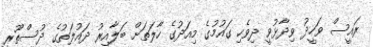
ރައީސް ވަހީދު ވިދާޅުވީ ދިވެހި ގައުމުގެ މިއަދުގެ ހާލަތަށް ބަލާއިރު ދައުލަތުގެ ދުސްތޫރީ